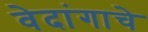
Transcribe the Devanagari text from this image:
वेदांगाचे